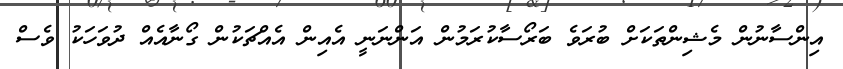
އިންސާނުން މެޝިންތަކަށް ބުރަވެ ބަރޯސާކުރަމުން އަންނަނީ އެއިން އެއްޗަކުން ގޯނާއެއް ދުވަހަކު ވެސް